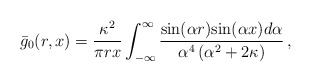
\begin{align*}{\bar g}_{0}(r,x)=\frac{{\kappa}^2}{{\pi}rx}\int^{\infty}_{-\infty}\frac{{\sin}({\alpha}r){\sin}({\alpha}x)d{\alpha}}{{\alpha}^4\left({\alpha}^2+2{\kappa}\right)}\,,\end{align*}